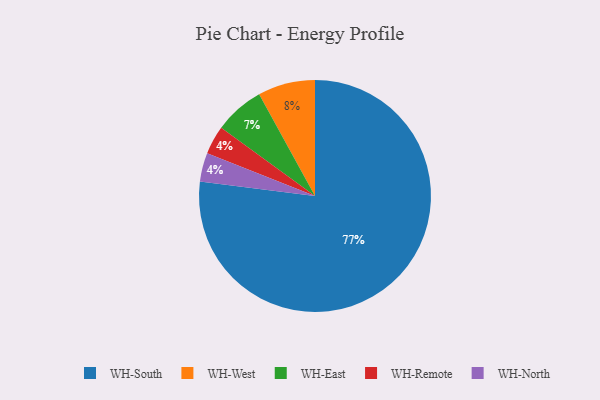
{"axis": {"x": "Category", "y": "Percentage"}, "legend": ["WH-East", "WH-North", "WH-Remote", "WH-South", "WH-West"], "data": [{"x": "WH-West", "y": 8, "type": "WH-West"}, {"x": "WH-Remote", "y": 4, "type": "WH-Remote"}, {"x": "WH-North", "y": 4, "type": "WH-North"}, {"x": "WH-East", "y": 7, "type": "WH-East"}, {"x": "WH-South", "y": 77, "type": "WH-South"}]}